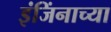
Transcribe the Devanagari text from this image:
इंजिंनाच्या